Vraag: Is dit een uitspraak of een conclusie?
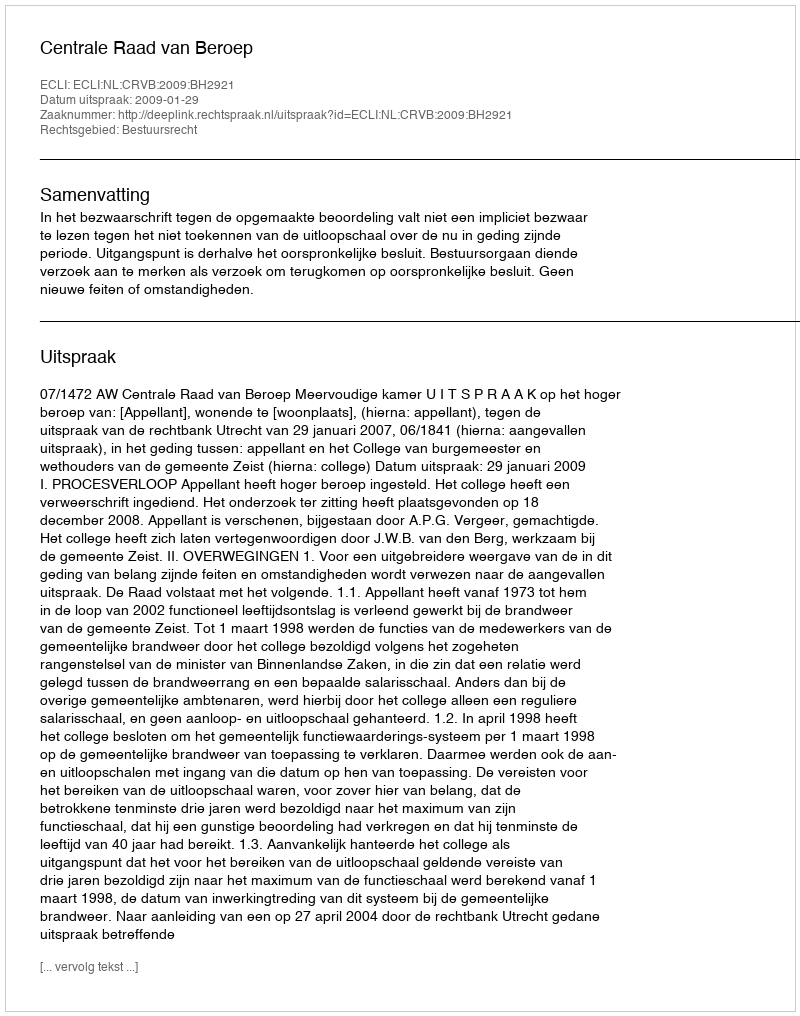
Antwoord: Uitspraak